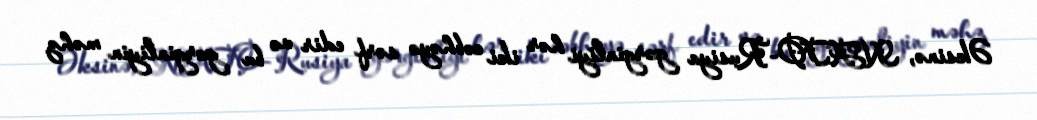
Əksinə, NATO-Rusiya gərginliyi hər iki cəbhəyə sərf edir və bu gərginliyin məhz